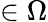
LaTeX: \in\Omega